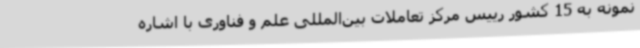
نمونه به 15 کشور رییس مرکز تعاملات بین‌المللی علم و فناوری با اشاره